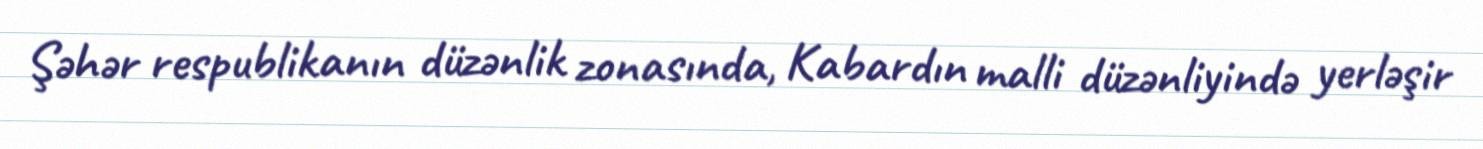
Şəhər respublikanın düzənlik zonasında, Kabardın malli düzənliyində yerləşir